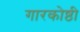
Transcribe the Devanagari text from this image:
गारकोष्ठी